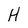
Character: H